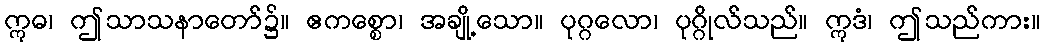
ဣဓ၊ ဤသာသနာတော်၌။ ဧကစ္စော၊ အချို့သော။ ပုဂ္ဂလော၊ ပုဂ္ဂိုလ်သည်။ ဣဒံ၊ ဤသည်ကား။